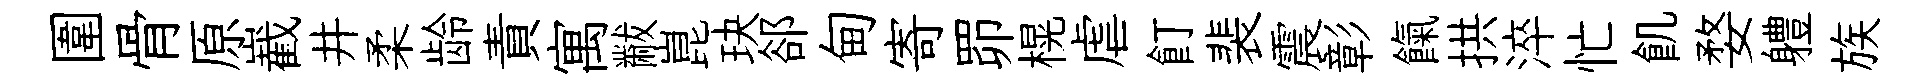
圍骨原嶻井柔龄責寓黻崑玦郤甸寄𦊑榥虐飣裴震彰餼拱淬忙飢婺軆族